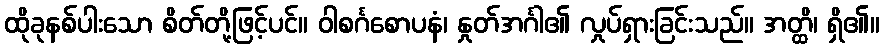
ထိုခုနစ်ပါးသော စိတ်တို့ဖြင့်ပင်။ ဝါစင်္ဂစောပနံ၊ နှုတ်အင်္ဂါ၏ လှုပ်ရှားခြင်းသည်။ အတ္ထိ၊ ရှိ၏။